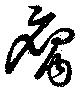
腐